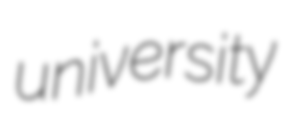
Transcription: university